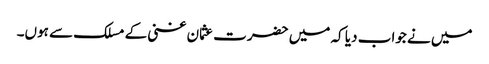
میں نے جواب دیا کہ میں حضرت عثمان غنی کے مسلک سے ہوں۔